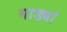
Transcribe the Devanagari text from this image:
गाड्यां